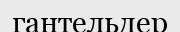
гантельдер